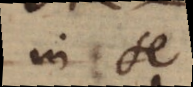
in se